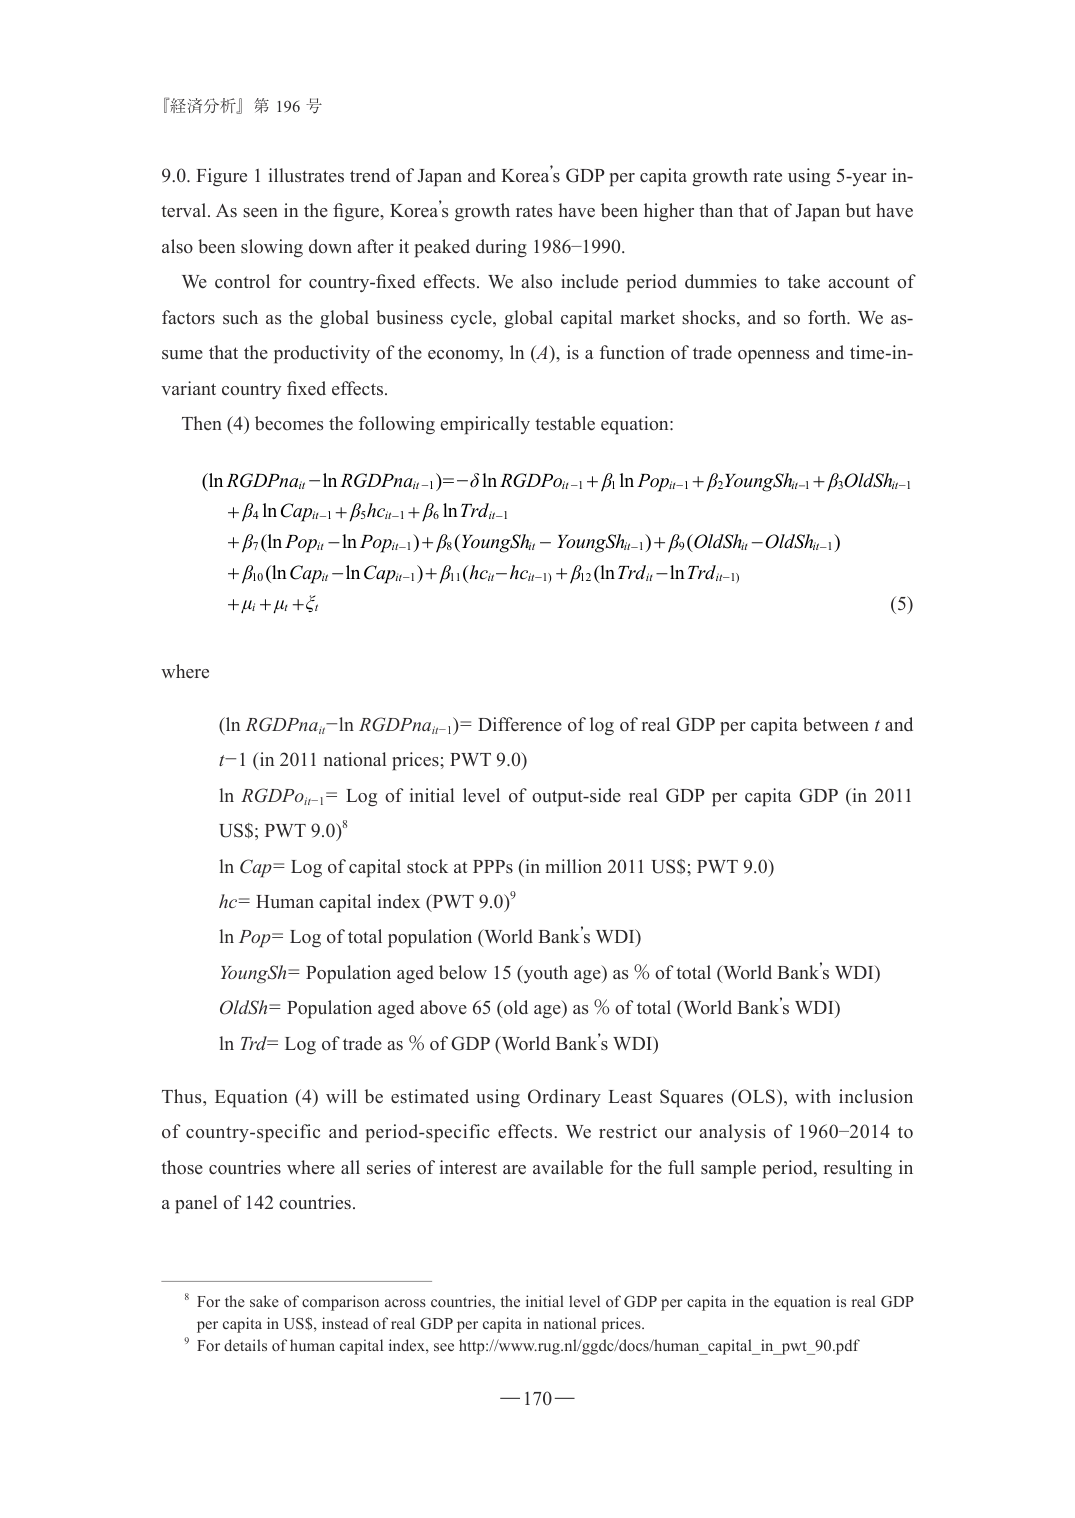
『経済分析』第 196 号

9.0. Figure 1 illustrates trend of Japan and Korea’s GDP per capita growth rate using 5-year interval. As seen in the figure, Korea’s growth rates have been higher than that of Japan but have also been slowing down after it peaked during 1986–1990.

We control for country-fixed effects. We also include period dummies to take account of factors such as the global business cycle, global capital market shocks, and so forth. We assume that the productivity of the economy, ln (A), is a function of trade openness and time-invariant country fixed effects.

Then (4) becomes the following empirically testable equation:

(ln RGDPna_it - ln RGDPna_it-1) = -δ ln RGDPo_it-1 + β1 ln Pop_it-1 + β2 YoungSh_it-1 + β3 OldSh_it-1
+ β4 ln Cap_it-1 + β5 hc_it-1 + β6 ln Trd_it-1
+ β7 (ln Pop_it - ln Pop_it-1) + β8 (YoungSh_it - YoungSh_it-1) + β9 (OldSh_it - OldSh_it-1)
+ β10 (ln Cap_it - ln Cap_it-1) + β11 (hc_it - hc_it-1) + β12 (ln Trd_it - ln Trd_it-1)
+ μi + μt + ζ_it

(5)

where

(ln RGDPna_it - ln RGDPna_it-1) = Difference of log of real GDP per capita between t and t-1 (in 2011 national prices, PWT 9.0)
ln RGDPo_it-1 = Log of initial level of output-side real GDP per capita GDP (in 2011 US$; PWT 9.0)⁸
ln Cap = Log of capital stock at PPPs (in million 2011 US$; PWT 9.0)
hc = Human capital index (PWT 9.0)⁹
ln Pop = Log of total population (World Bank’s WDI)
YoungSh = Population aged below 15 (youth age) as % of total (World Bank’s WDI)
OldSh = Population aged above 65 (old age) as % of total (World Bank’s WDI)
ln Trd = Log of trade as % of GDP (World Bank’s WDI)

Thus, Equation (4) will be estimated using Ordinary Least Squares (OLS), with inclusion of country-specific and period-specific effects. We restrict our analysis of 1960–2014 to those countries where all series of interest are available for the full sample period, resulting in a panel of 142 countries.

⁸ For the sake of comparison across countries, the initial level of GDP per capita in the equation is real GDP per capita in US$, instead of real GDP per capita in national prices.
⁹ For details of human capital index, see http://www.rug.nl/ggdc/docs/human_capital_in_pwt_90.pdf

— 170 —